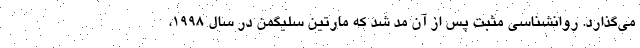
می‌گذارد. روانشناسی مثبت پس از آن مد شد که مارتین سلیگمن در سال ۱۹۹۸،